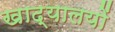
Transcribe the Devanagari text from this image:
खाद्यालयों